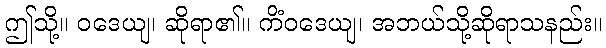
ဤသို့။ ဝဒေယျ၊ ဆိုရာ၏။ ကိံဝဒေယျ၊ အဘယ်သို့ဆိုရာသနည်း။